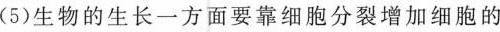
(5)生物的生长一方面要靠细胞分裂增加细胞的